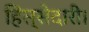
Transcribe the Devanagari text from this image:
हिस्सेदारी।